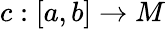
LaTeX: c:[a,b]\to M